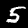
Label: 5